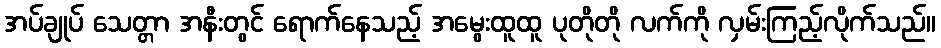
အပ်ချုပ် သေတ္တာ အနီးတွင် ရောက်နေသည့် အမွေးထူထူ ပုတိုတို လက်ကို လှမ်းကြည့်လိုက်သည်။